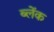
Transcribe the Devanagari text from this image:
ब्लेंक